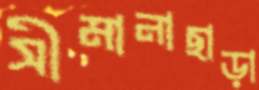
সীমানাছাড়া